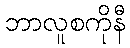
ဘာလူစကိုနီ